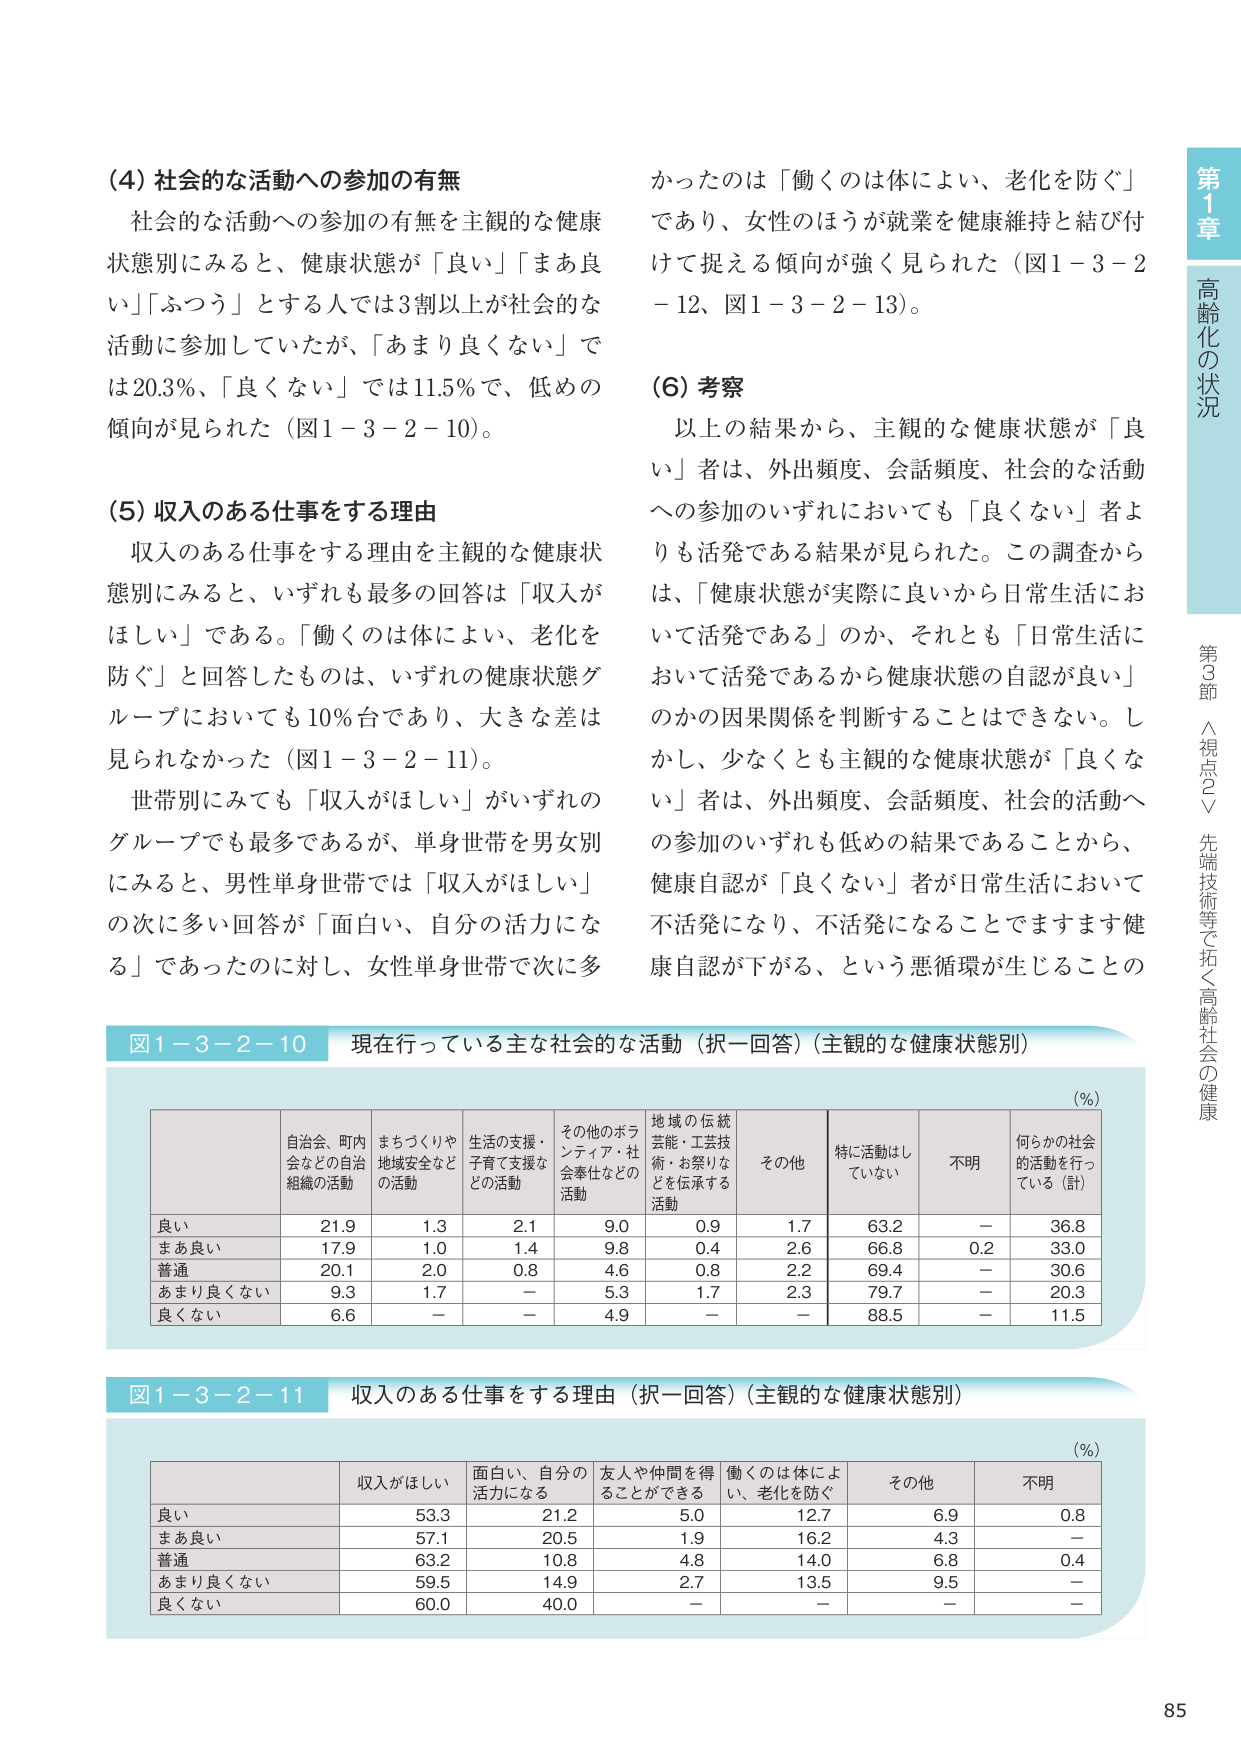
(4) 社会的な活動への参加の有無
社会的な活動への参加の有無を主観的な健康状態別にみると、健康状態が「良い」「まあ良い」「ふつう」とする人では3割以上が社会的な活動に参加していたが、「あまり良くない」では20.3％、「良くない」では11.5％で、低めの傾向が見られた（図1－3－2－10）。

(5) 収入のある仕事をする理由
収入のある仕事をする理由を主観的な健康状態別にみると、いずれも最多の回答は「収入がほしい」である。「働くのは体によい、老化を防ぐ」と回答したものは、いずれの健康状態グループにおいても10％台であり、大きな差は見られなかった（図1－3－2－11）。
世帯別にみても「収入がほしい」がいずれのグループでも最多であるが、単身世帯を男女別にみると、男性単身世帯では「収入がほしい」の次に多い回答が「面白い、自分の活力になる」であったのに対し、女性単身世帯で次に多かったのは「働くのは体によい、老化を防ぐ」であり、女性のほうが就業を健康維持と結び付けて捉える傾向が強く見られた（図1－3－2－12、図1－3－2－13）。

(6) 考察
以上の結果から、主観的な健康状態が「良い」者は、外出頻度、会話頻度、社会的な活動への参加のいずれにおいても「良くない」者よりも活発である結果が見られた。この調査からは、「健康状態が実際に良いから日常生活において活発である」のか、それとも「日常生活において活発であるから健康状態の自認が良い」のかの因果関係を判断することはできない。しかし、少なくとも主観的な健康状態が「良くない」者は、外出頻度、会話頻度、社会的活動への参加のいずれも低めの結果であることから、健康自認が「良くない」者が日常生活において不活発になり、不活発になることでますます健康自認が下がる、という悪循環が生じることの

図1－3－2－10 現在行っている主な社会的な活動（択一回答）（主観的な健康状態別）
(%)
| | 自治会、町内会などの自治組織の活動 | まちづくりや地域安全などの活動 | 生活の支援・子育て支援などの活動 | その他のボランティア・社会奉仕などの活動 | 地域の伝統芸能・工芸技術・お祭りなどを伝承する活動 | その他 | 特に活動していない | 不明 | 何らかの社会的活動を行っている（計） |
|---|---|---|---|---|---|---|---|---|---|
| 良い | 21.9 | 1.3 | 2.1 | 9.0 | 0.9 | 1.7 | 63.2 | － | 36.8 |
| まあ良い | 17.9 | 1.0 | 1.4 | 9.8 | 0.4 | 2.6 | 66.8 | 0.2 | 33.0 |
| 普通 | 20.1 | 2.0 | 0.8 | 4.6 | 0.8 | 2.2 | 69.4 | － | 30.6 |
| あまり良くない | 9.3 | 1.7 | － | 5.3 | 1.7 | 2.3 | 79.7 | － | 20.3 |
| 良くない | 6.6 | － | － | 4.9 | － | － | 88.5 | － | 11.5 |

図1－3－2－11 収入のある仕事をする理由（択一回答）（主観的な健康状態別）
(%)
| | 収入がほしい | 面白い、自分の活力になる | 友人や仲間を得ることができる | 働くのは体によい、老化を防ぐ | その他 | 不明 |
|---|---|---|---|---|---|---|
| 良い | 53.3 | 21.2 | 5.0 | 12.7 | 6.9 | 0.8 |
| まあ良い | 57.1 | 20.5 | 1.9 | 16.2 | 4.3 | － |
| 普通 | 63.2 | 10.8 | 4.8 | 14.0 | 6.8 | 0.4 |
| あまり良くない | 59.5 | 14.9 | 2.7 | 13.5 | 9.5 | － |
| 良くない | 60.0 | 40.0 | － | － | － | － |

第1章 高齢化の状況
第3節 △視点2▽ 先端技術等で拓く高齢社会の健康
85